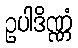
ဥပါဒိဏ္ဏံ